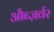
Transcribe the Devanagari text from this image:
औब्ज़र्वर